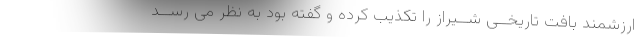
ارزشمند بافت تاریخــی شــیراز را تکذیب کرده و گفته بود به نظر می رســد